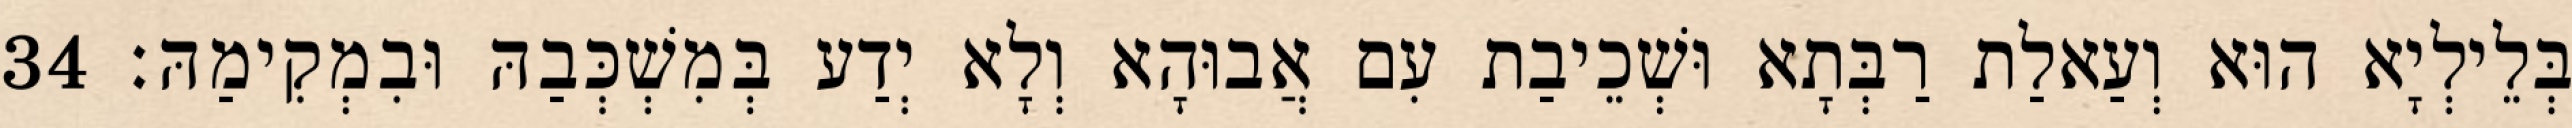
בְּלֵילְיָא הוּא וְעַאלַת רַבְּתָא וּשְׁכֵיבַת עִם אֲבוּהָא וְלָא יְדַע בְּמִשְׁכְּבַהּ וּבִמְקִימַהּ׃ 34